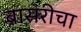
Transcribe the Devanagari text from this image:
बासरीचा